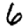
Digit: 6